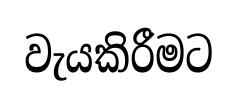
වැයකිරීමට